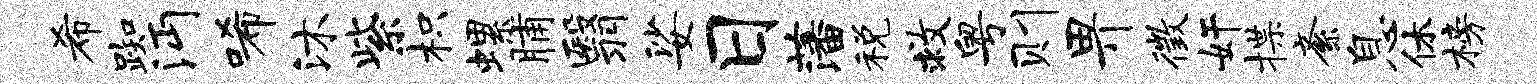
希踟沔唏沐紫枳螺脯翳娑日藩税救粤则畀徵奸揲紊息休榜